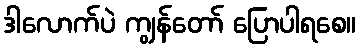
ဒါလောက်ပဲ ကျွန်တော် ပြောပါရစေ။